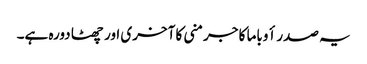
یہ صدر أوباما کا جرمنی کا آخری اور چھٹا دورہ ہے۔